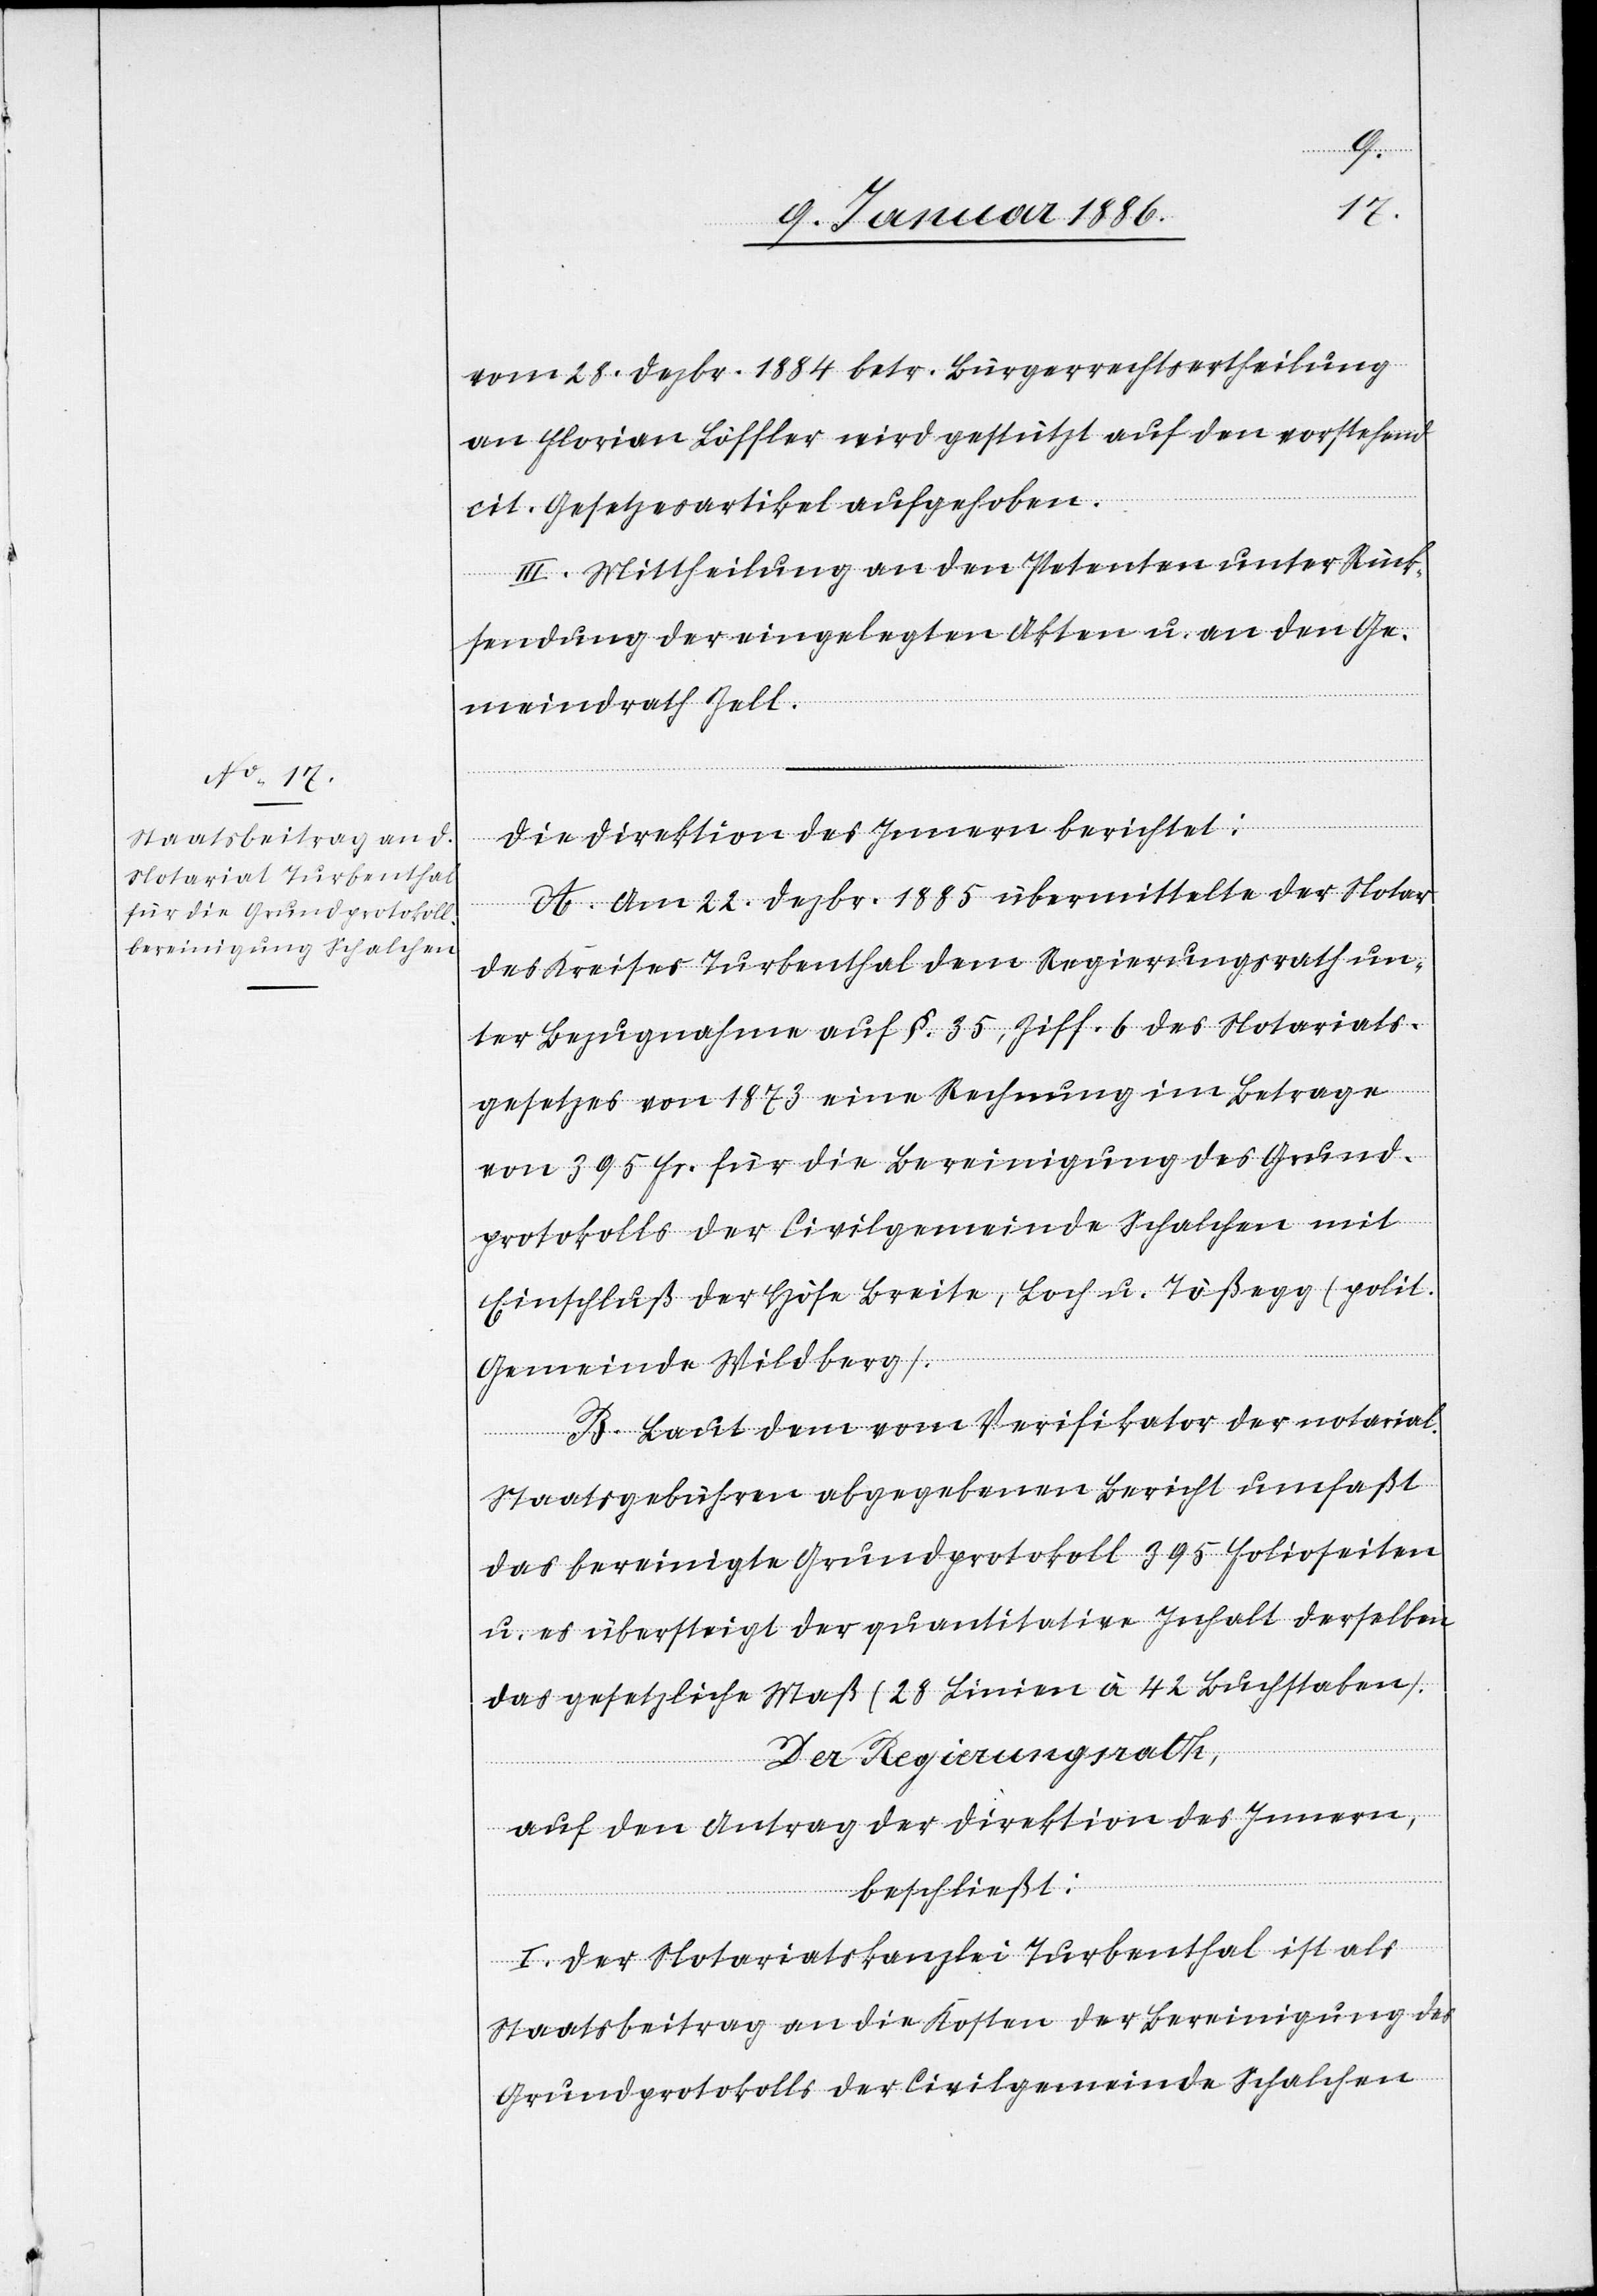
vom 28. Dezbr. 1884 betr. Bürgerrechtertheilung
an Florian Löffler wird gestützt auf den vorstehend
cit. Gesetzesartikel aufgehoben.
III. Mittheilung an den Petenten unter Rück¬
sendung der eingelegten Akten u. an den Ge¬
meindrath Zell.
Die Direktion des Innern berichtet:
A. Am 22. Dezbr. 1885 übermittelte der Notar
des Kreises Turbenthal dem Regierungsrath un¬
ter Bezugnahme auf § 35, Ziff. 6 des Notariats¬
gesetzes von 1873 eine Rechnung im Betrage
von 395 Fr. für die Bereinigung des Grund¬
protokolls der Civilgemeinde Schalchen mit
Einschluß der Höfe Breite, Loch u. Tößegg (polit.
Gemeinde Wildberg).
B. Laut dem vom Verifikator der notarial.
Staatsgebühren abgegebenen Bericht umfaßt
das bereinigte Grundprotokoll 395 Folioseiten
u. es übersteigt der quantitative Inhalt derselben
das gesetzliche Maß (28 Linien à 42 Buchstaben).
Der Regierungsrath,
auf den Antrag der Direktion des Innern,
beschließt:
I. Der Notariatskanzlei Turbenthal ist als
Staatsbeitrag an die Kosten der Bereinigung des
Grundprotokolls der Civilgemeinde Schalchen